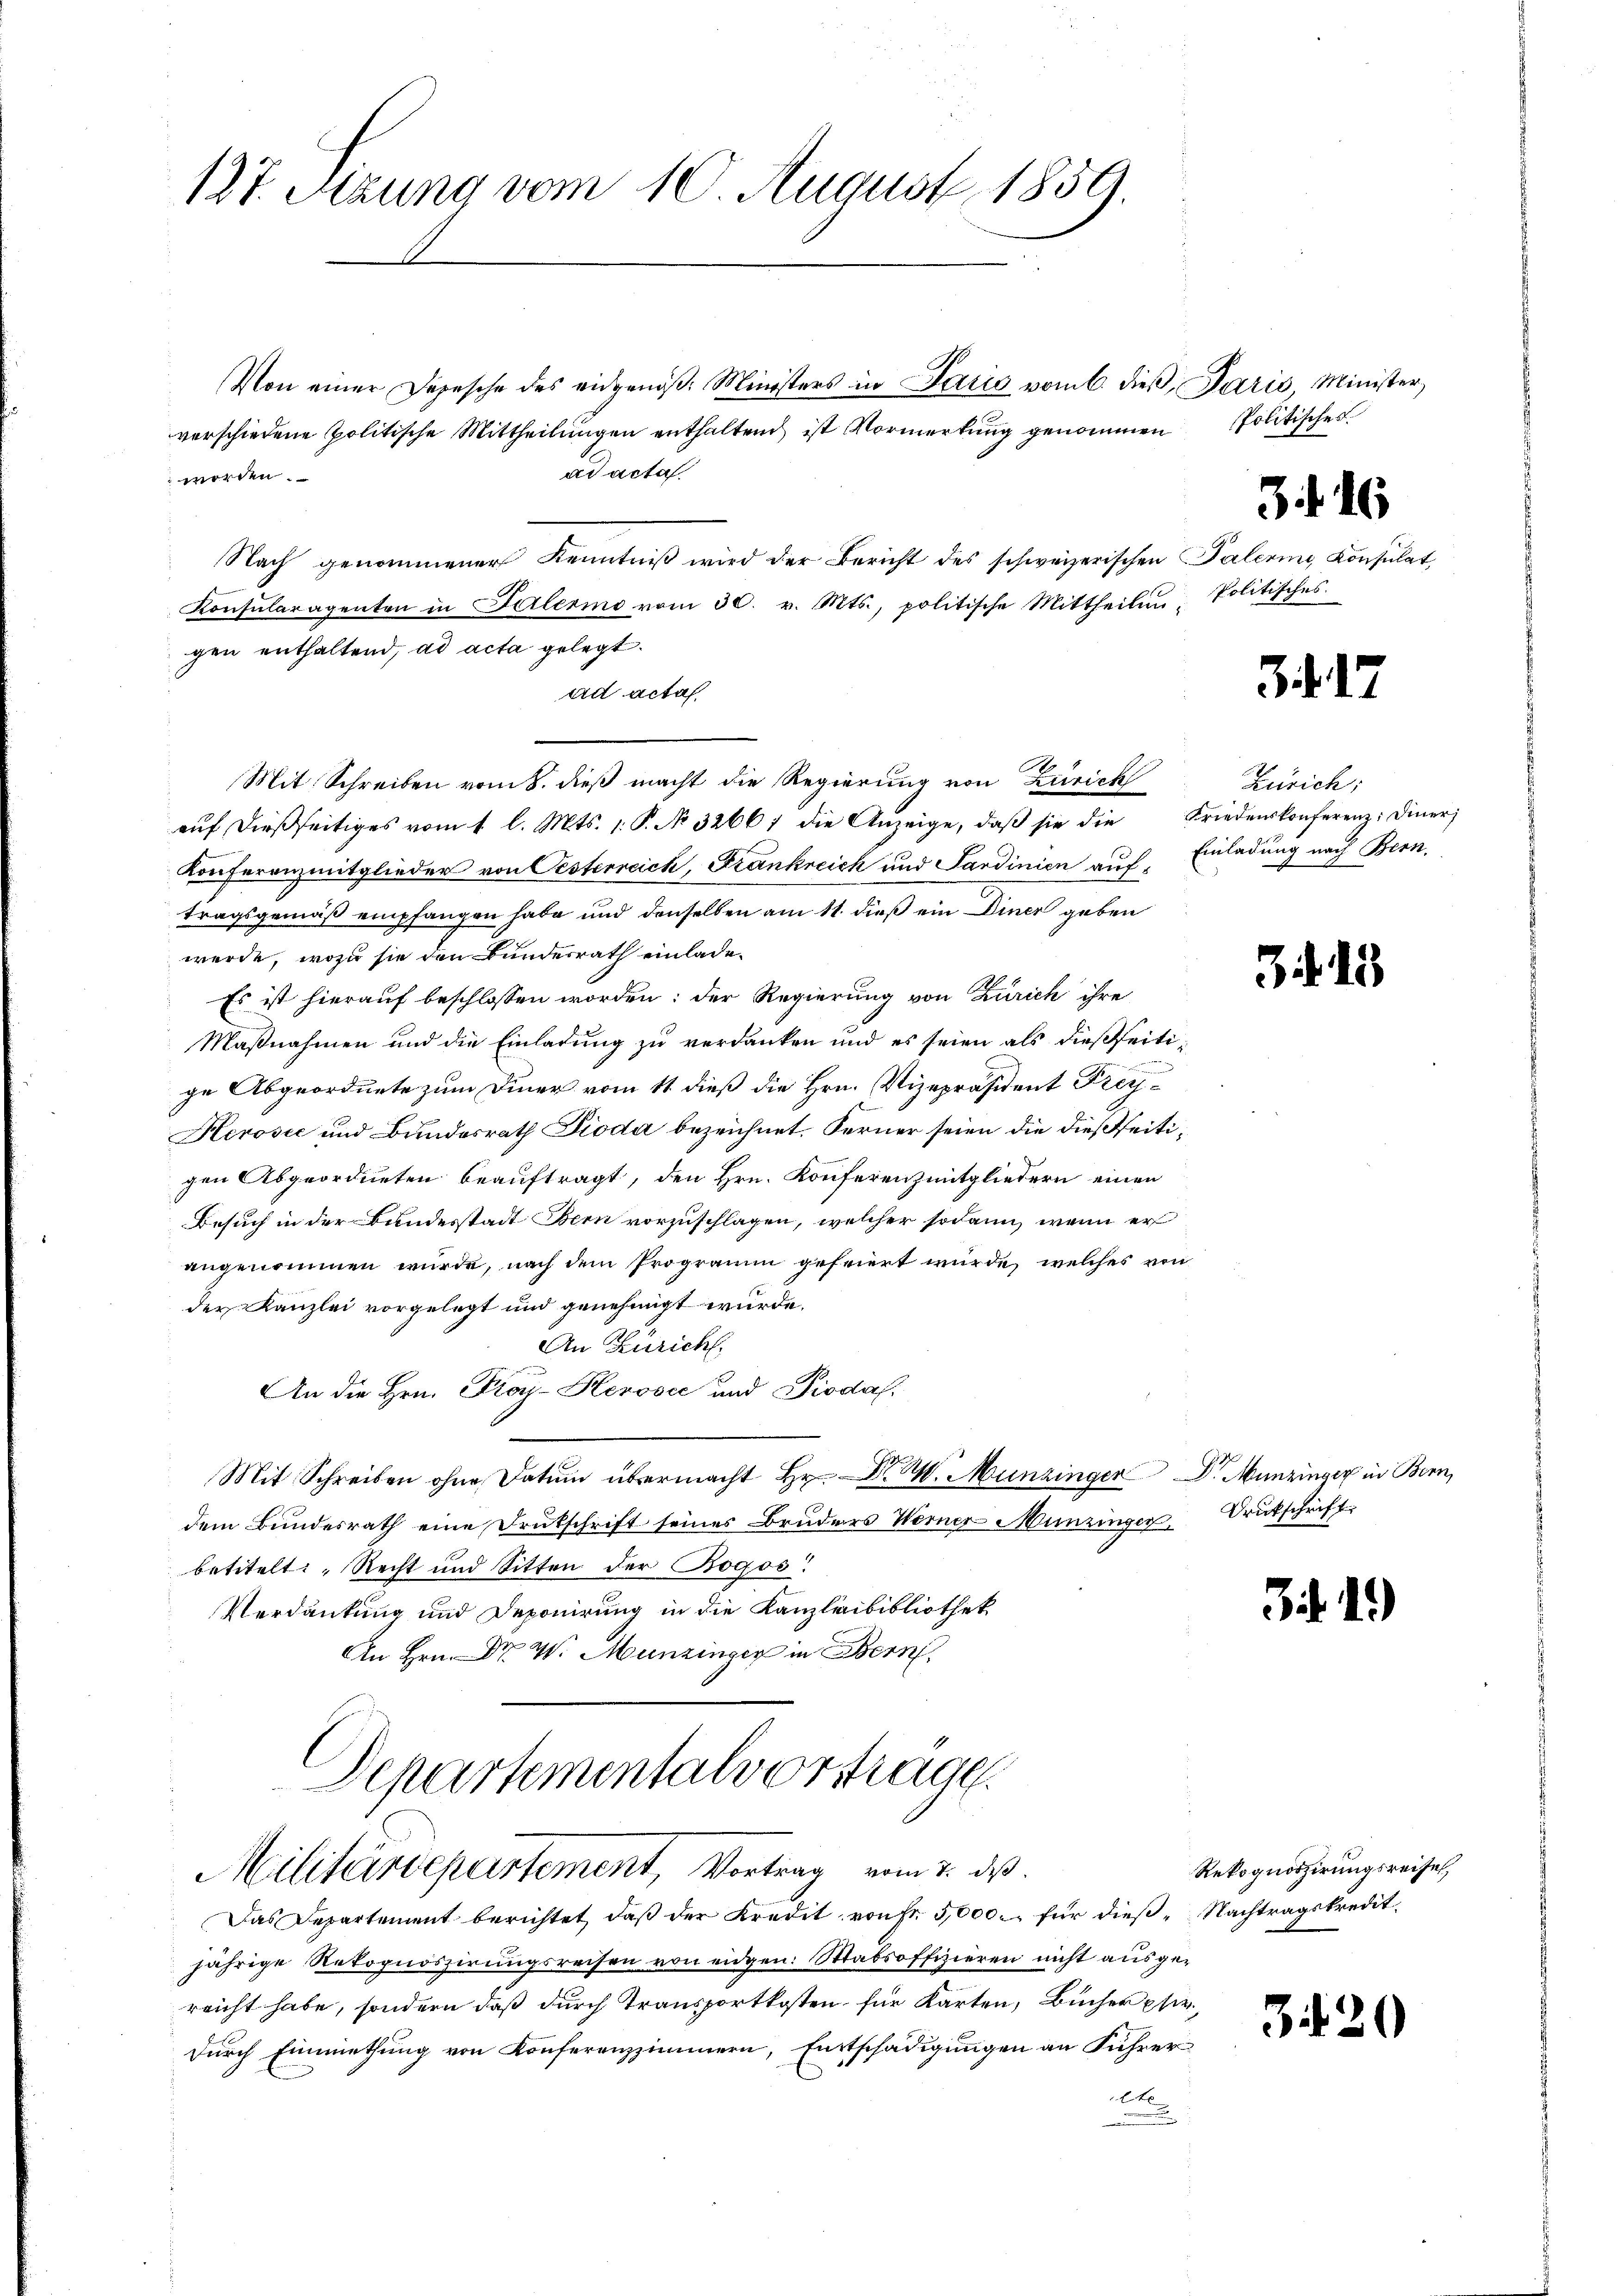
127. Sitzung vom 10. August 1859.

Von einer Depesche des eidgenöß: Ministers in Paris vom 6. dieβ, Paris, Minister,
verschiedene politische Mittheilungen enthaltend ist Vormerkung genommen
ad acta.
 worden.
Nach genommener Kenntniß wird der Bericht des schweizerischen Palerini, Konsulat,
Konsularagenten in Feilermo vom 30. v. Mts., politische Mittheilen Politisches
gen enthaltend, ad acta gelegt.
ad acta
Mit Schreiben vom 8. dieß macht die Regierung von Zürich
aŭf dießseitiges vom 1. l. Mts. 1. P. Nr. 32661 die Anzeige, daβ sie die Friedenskonferenz: Diner
Konferenzmitglieder von Oesterreich, Frankreich und Sardinien auftragsgemäß empfangen habe und denselben am 11. dieß ein Diner geben
werde, wozu sie den Bunderrath einlade¬
Es ist hierauf beschlossen worden: der Regierung von Zürich ihre
Maßnahmen und die Einladung zu verdanken und es seien als dießseitige Abgeordnete zum Diner vom 11. dieß die Hrn. Vizepräsident Frey¬
Herović und Bundesrath Pioda bezeichnet. Ferner seien die dießseitigen Abgeordneten beauftragt, den Hrn. Konferenzmitgliedern einen
Besuch in der Bundesstadt Bern vorzuschlagen, welcher sodann, wenn er
angenommen wurde, nach dem Programm gefriert wurde, welches von
der Kanzlei vorgelegt und genehmigt wurde.
An Zürich,
An die Hrn. Proy-Kerović und Piodal
Mit Schreiben ohne Datum übermacht Hr. Nr. 2. Münzinger Dr. Munzinger in Bern,
dem Bundesrath eine Deutschrift seines Bruders Werner-Münzinger, Drutschrift
betitelt: „Recht und Sitten der Bogos!
Verdankung und Deponirung in die Kanzleibibliothek
An Hrn. Dr. W. Munzinger in Bern
Departementalvertrage.
Militärdepartement, Vortrag vom 2. ds.
Das Departement berichtet, daß der Kredit von Fr. 5000 für dieß Nachtragskredit.
jährige Rekognoszirungsreisen von eidgen. Stabsoffizieren nicht ausgereicht habe, sondern daß durch Transportkosten für Karten, Bücher pr
durch Einmiethung von Konferenzzimmern, Entschädigungen an Führer
t

Politisches.

3 f 16

34. 17

Zürich;
Einladung nach Bern.

315

i. 1.)

Rekognoszirungsreise,

3420